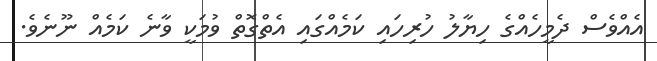
އެއްވެސް ދެމީހެއްގެ ހިޔާލު ހުރިހައި ކަމެއްގައި އެތްގޮތް ވުމަކީ ވާނެ ކަމެއް ނޫނެވެ.